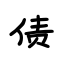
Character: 债